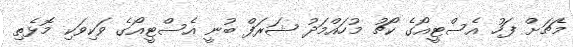
މެޗަށް ފަހު އެސްޓީއޯގެ ކޯޗު މުހައްމަދު ޝަރަފް ބުނީ އެސްޓީއޯގެ ވަކިވަކި މޮޅެތި